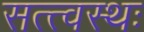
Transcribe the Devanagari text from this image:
सत्त्वस्थः